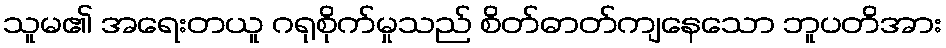
သူမ၏ အရေးတယူ ဂရုစိုက်မှုသည် စိတ်ဓာတ်ကျနေသော ဘူပတိအား